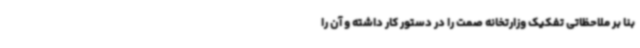
بنا بر ملاحظاتی تفکیک وزارتخانه صمت را در دستور کار داشته و آن را